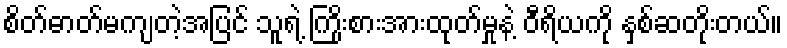
စိတ်ဓာတ်မကျတဲ့အပြင် သူရဲ့ ကြိုးစားအားထုတ်မှုနဲ့ ဝီရိယကို နှစ်ဆတိုးတယ်။